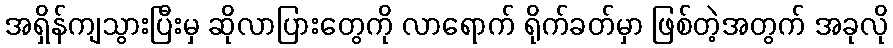
အရှိန်ကျသွားပြီးမှ ဆိုလာပြားတွေကို လာရောက် ရိုက်ခတ်မှာ ဖြစ်တဲ့အတွက် အခုလို